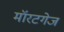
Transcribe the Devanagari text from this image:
मॉरटगेज